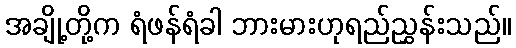
အချို့တို့က ရံဖန်ရံခါ ဘားမားဟုရည်ညွှန်းသည်။